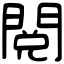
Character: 閲